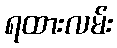
ရထားလမ်း